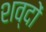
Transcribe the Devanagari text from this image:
शव्‍दों